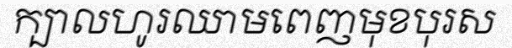
ក្បាលហូរឈាមពេញមុខបុរស